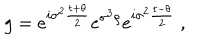
g = e ^ { i \sigma ^ { 2 } \frac { t + \theta } { 2 } } e ^ { \sigma ^ { 3 } \rho } e ^ { i \sigma ^ { 2 } \frac { t - \theta } { 2 } } ~ ,